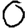
Digit: 0